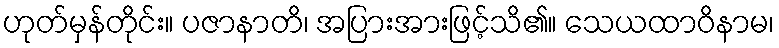
ဟုတ်မှန်တိုင်း။ ပဇာနာတိ၊ အပြားအားဖြင့်သိ၏။ သေယထာဝိနာမ၊